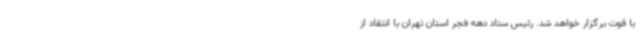
با قوت برگزار خواهد شد. رئیس ستاد دهه فجر استان تهران با انتقاد از